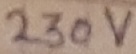
Text: 230V